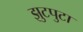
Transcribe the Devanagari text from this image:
झुटपुटा